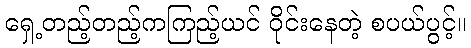
ရှေ့တည့်တည့်ကကြည့်ယင် ဝိုင်းနေတဲ့ စပယ်ပွင့်။